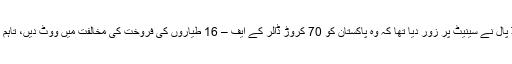
واضح رہے کہ مارچ 2016 میں رینڈ پال نے سینیٹ پر زور دیا تھا کہ وہ پاکستان کو 70 کروڑ ڈالر کے ایف – 16 طیاروں کی فروخت کی مخالفت میں ووٹ دیں، تاہم 23 سینیٹر ان کے ہم آواز ہوگئے تھے۔